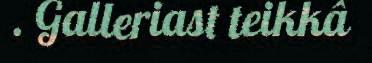
. Galleriast teikkâ